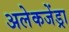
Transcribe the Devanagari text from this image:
अलेकजेंड्रा